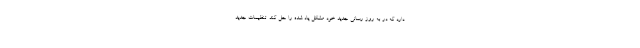
دارد که در به روز رسانی جدید خود مشکل یاد شده را حل کند. تنظیمات جدید